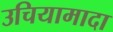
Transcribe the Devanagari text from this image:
उचियामादा